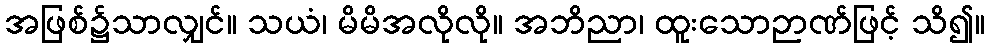
အဖြစ်၌သာလျှင်။ သယံ၊ မိမိအလိုလို။ အဘိညာ၊ ထူးသောဉာဏ်ဖြင့် သိ၍။